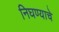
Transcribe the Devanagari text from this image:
निघण्याचे